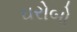
ઘરોબો